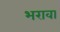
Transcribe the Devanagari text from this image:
भरावा